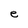
Character: e